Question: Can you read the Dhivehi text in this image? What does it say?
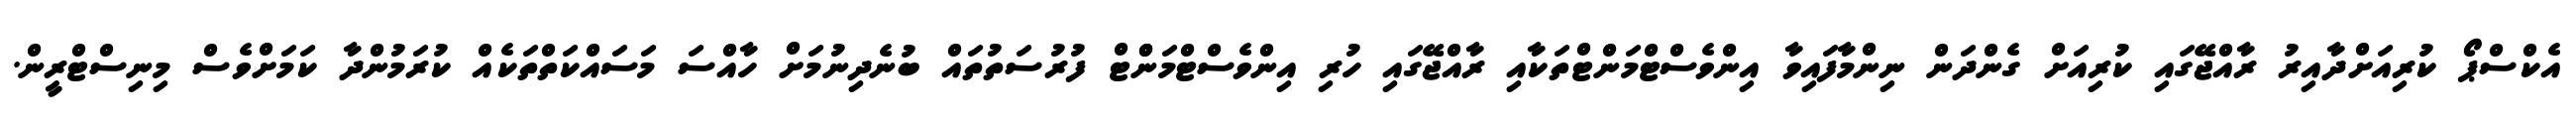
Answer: އެކްސްޕޯ ކުރިއަށްދާއިރު ރާއްޖޭގައި ކުރިއަށް ގެންދަން ނިންމާފައިވާ އިންވެސްޓްމަންޓްތަކާއި ރާއްޖޭގައި ހުރި އިންވެސްޓްމަންްޓް ފުރުސަތުތައް ބުނެދިނުމަށް ހާއްސަ މަސައްކަތްތަކެއް ކުރަމުންދާ ކަމަށްވެސް މިނިސްޓްރީން.